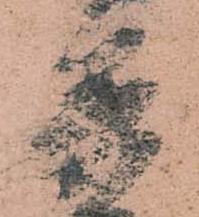
兵